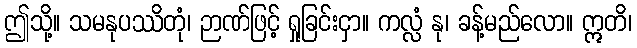
ဤသို့။ သမနုပဿိတုံ၊ ဉာဏ်ဖြင့် ရှုခြင်းငှာ။ ကလ္လံ နု၊ ခန့်မည်လော။ ဣတိ၊